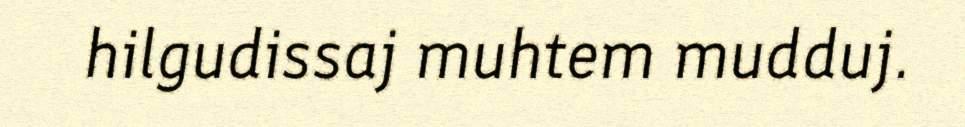
hilgudissaj muhtem mudduj.